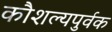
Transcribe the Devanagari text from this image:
कौशल्यपुर्वक